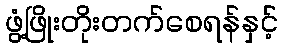
ဖွံ့ဖြိုးတိုးတက်စေရန်နှင့်